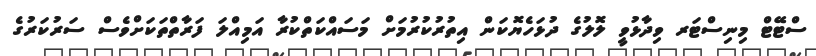
ސްޓޭޓް މިނިސްޓަރ ވިދާޅުވީ ލޮލުގެ ދުޅަހެޔޮކަން އިތުރުކުރުމަށް މަސައްކަތްކުރާ އަމިއްލަ ފަރާތްތަަކަށްވެސް ސަރުކަރުގެ